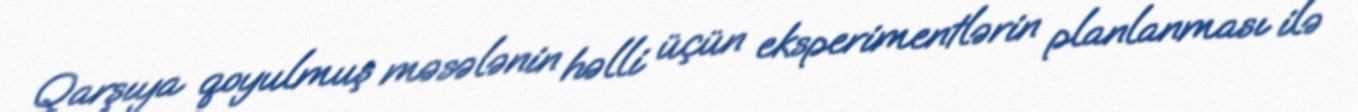
Qarşıya qoyulmuş məsələnin həlli üçün eksperimentlərin planlanması ilə